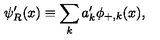
\psi _ { R } ^ { \prime } ( x ) \equiv \sum _ { k } a _ { k } ^ { \prime } \phi _ { + , k } ( x ) ,